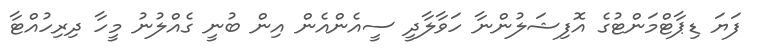
ފަޔަ ޑިޕާޓްމަންޓުގެ އޮފިޝަލުންނާ ހަވާލާދީ ސީއެންއެން އިން ބުނީ ގެއްލުނު މީހާ ދިރިހުއްޓާ